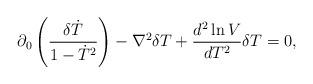
LaTeX: \begin{align*}\partial_0\left( \frac{\delta \dot T}{1-\dot T^2} \right) - \nabla^2 \delta T +\frac{d^2\ln V}{dT^2} \delta T = 0,\end{align*}